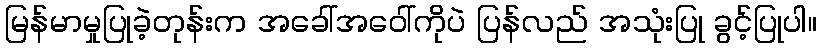
မြန်မာမှုပြုခဲ့တုန်းက အခေါ်အဝေါ်ကိုပဲ ပြန်လည် အသုံးပြု ခွင့်ပြုပါ။